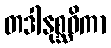
တဒါနုစ္ဆဝိကာ